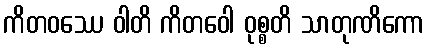
ကိတဝဿေ ဝါတိ ကိတဝေါ ဝုစ္စတိ သာတုဏိကော